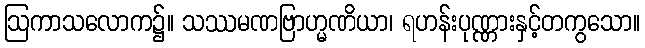
ဩကာသလောက၌။ သဿမဏဗြာဟ္မဏိယာ၊ ရဟန်းပုဏ္ဏားနှင့်တကွသော။